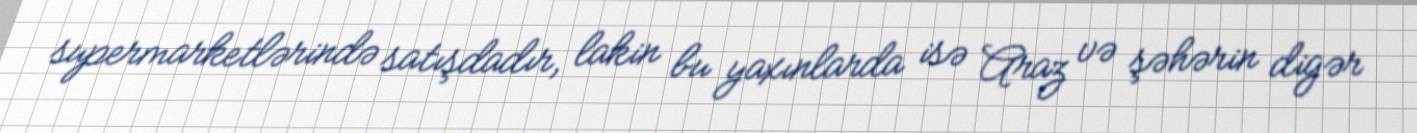
supermarketlərində satışdadır, lakin bu yaxınlarda isə Araz və şəhərin digər